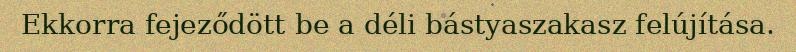
Ekkorra fejeződött be a déli bástyaszakasz felújítása.